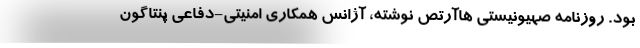
بود. روزنامه صهیونیستی هاآرتص نوشته، آژانس همکاری امنیتی-دفاعی پنتاگون